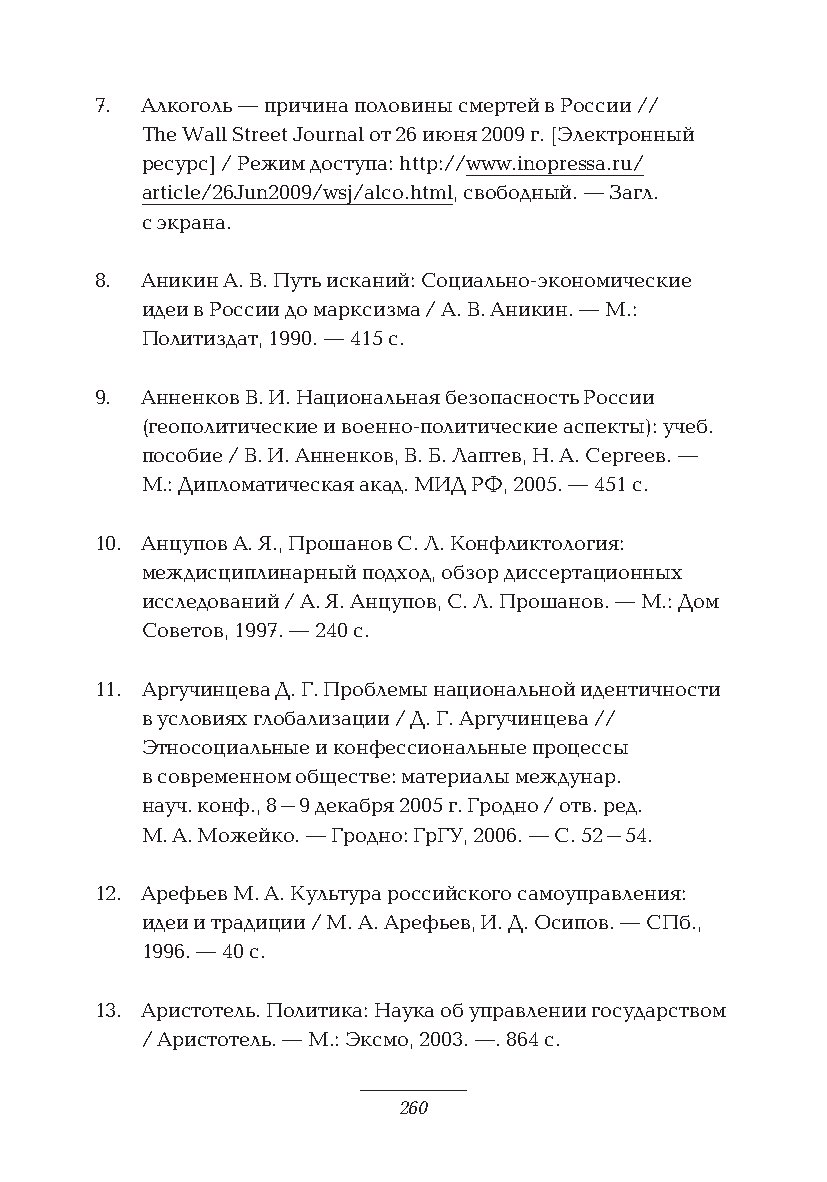
7. Алкоголь — причина половины смертей в России //
 The Wall Street Journal от 26 июня 2009 г. [Электронный
 ресурс] / Режим доступа: http://www.inopressa.ru/
 article/26Jun2009/wsj/alco.html, свободный. — Загл.
 с экрана.
 8. Аникин А. В. Путь исканий: Социально-экономические
 идеи в России до марксизма / А. В. Аникин. — М.:
 Политиздат, 1990. — 415 с.
 9. Анненков В. И. Национальная безопасность России
 (геополитические и военно-политические аспекты): учеб.
 пособие / В. И. Анненков, В. Б. Лаптев, Н. А. Сергеев. —
 М.: Дипломатическая акад. МИД РФ, 2005. — 451 с.
 10. Анцупов А. Я., Прошанов С. Л. Конфликтология:
 междисциплинарный подход, обзор диссертационных
 исследований / А. Я. Анцупов, С. Л. Прошанов. — М.: Дом
 Советов, 1997. — 240 с.
 11. Аргучинцева Д. Г. Проблемы национальной идентичности
 в условиях глобализации / Д. Г. Аргучинцева //
 Этносоциальные и конфессиональные процессы
 в современном обществе: материалы междунар.
 науч. конф., 8–9 декабря 2005 г. Гродно / отв. ред.
 М. А. Можейко. — Гродно: ГрГУ, 2006. — С. 52–54.
 12. Арефьев М. А. Культура российского самоуправления:
 идеи и традиции / М. А. Арефьев, И. Д. Осипов. — СПб.,
 1996. — 40 с.
 13. Аристотель. Политика: Наука об управлении государством
 / Аристотель. — М.: Эксмо, 2003. —. 864 с.
 260